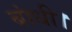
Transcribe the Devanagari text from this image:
बांधी।